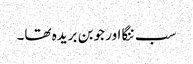
سب ننگا اور جوبن بریدہ تھا۔